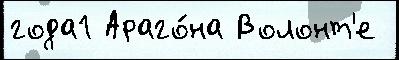
года1 Араго́на Волонт'е